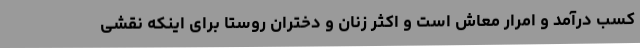
کسب درآمد و امرار معاش است و اکثر زنان و دختران روستا برای اینکه نقشی